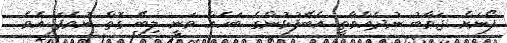
ފޯނަށް ޖަވާބު ނުދެއްވާތީ އެބޭފުޅުންގެ ބަހެެއް ވަނީ ލިބޭ ގޮތް ނުވެފަ އެވެ.